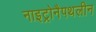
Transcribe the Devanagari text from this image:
नाइट्रोनैपथलीन